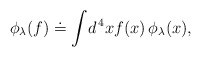
\begin{align*}\phi_\lambda (f) \doteq \int \! d^{\, 4} x f(x) \, \phi_\lambda (x),\end{align*}